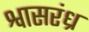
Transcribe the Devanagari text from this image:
श्वासरंध्र